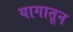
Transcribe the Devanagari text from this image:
यागातून